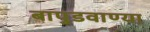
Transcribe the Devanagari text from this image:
बापुडवाण्या